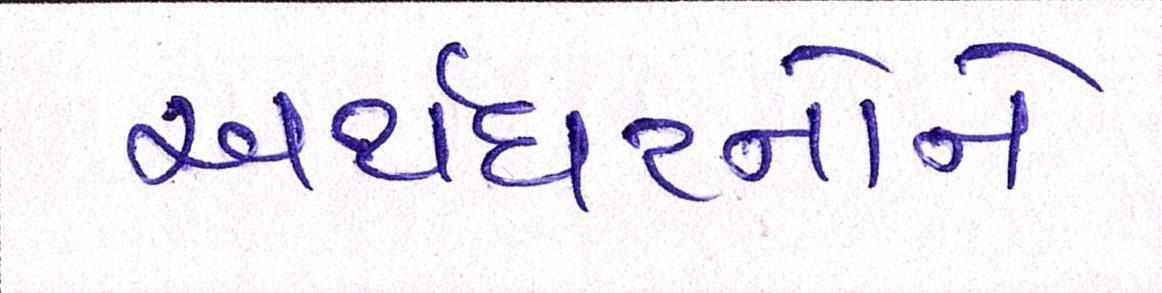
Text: અર્થઘટનોને